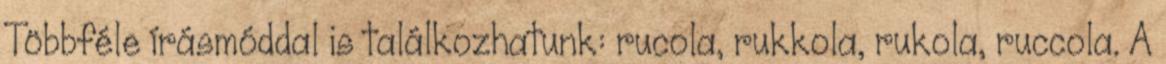
Többféle írásmóddal is találkozhatunk: rucola, rukkola, rukola, ruccola. A